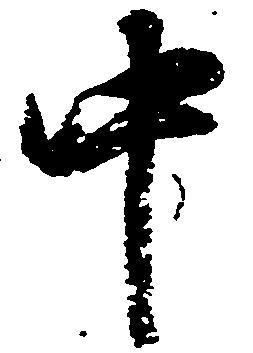
中